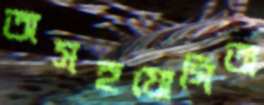
অসহযোগিতা